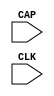
// $Header: /devl/xcs/repo/env/Databases/CAEInterfaces/verunilibs/data/unisims/CAPTURE_VIRTEX2.v,v 1.6.52.1 2007/03/09 18:13:02 patrickp Exp $
///////////////////////////////////////////////////////////////////////////////
// Copyright (c) 1995/2004 Xilinx, Inc.
// All Right Reserved.
///////////////////////////////////////////////////////////////////////////////
//   ____  ____
//  /   /\/   /
// /___/  \  /    Vendor : Xilinx
// \   \   \/     Version : 8.1i (I.13)
//  \   \         Description : Xilinx Functional Simulation Library Component
//  /   /                  Register State Capture for Bitstream Readback for VIRTEX2
// /___/   /\     Filename : CAPTURE_VIRTEX2.v
// \   \  /  \    Timestamp : Thu Mar 25 16:42:15 PST 2004
//  \___\/\___\
//
// Revision:
//    03/23/04 - Initial version.
//    07/23/05 - Added ONESHOT to all CAPUTURE comps; CR # 212645
//    01/19/06 - made ONESHOT false; CR # 220151
// End Revision

`timescale  100 ps / 10 ps


module CAPTURE_VIRTEX2 (CAP, CLK);

    input  CAP, CLK;

    parameter ONESHOT = "FALSE";

endmodule